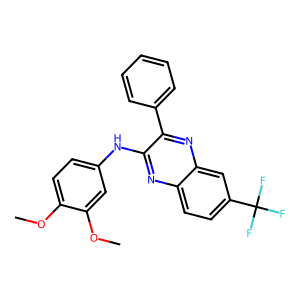
SMILES: COc1ccc(Nc2nc3ccc(C(F)(F)F)cc3nc2-c2ccccc2)cc1OC
Inhibits HIV replication: No